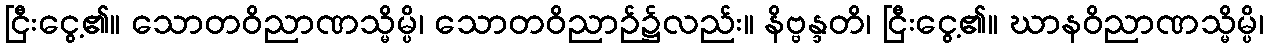
ငြီးငွေ့၏။ သောတဝိညာဏသ္မိမ္ပိ၊ သောတဝိညာဉ်၌လည်း။ နိဗ္ဗန္ဒတိ၊ ငြီးငွေ့၏။ ဃာနဝိညာဏသ္မိမ္ပိ၊